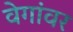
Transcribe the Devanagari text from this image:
वेगांवर